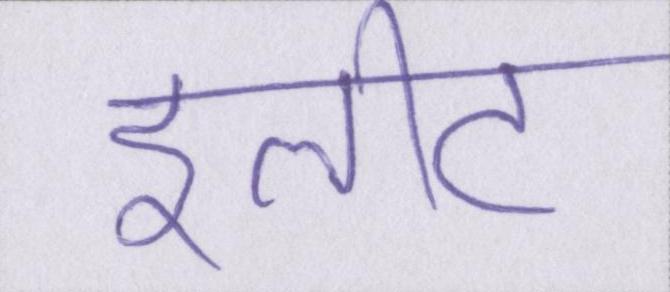
इलीट